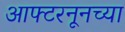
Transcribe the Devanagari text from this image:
आफ्टरनूनच्या